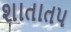
શાતાતપ